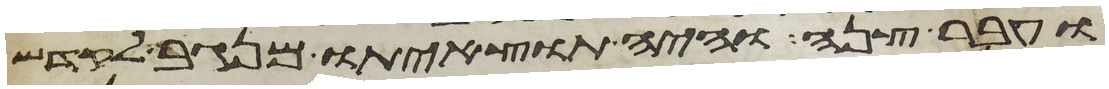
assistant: ועבר צנה והיה תוצאיתו מנגב לקדש